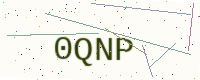
Text: 0QNP